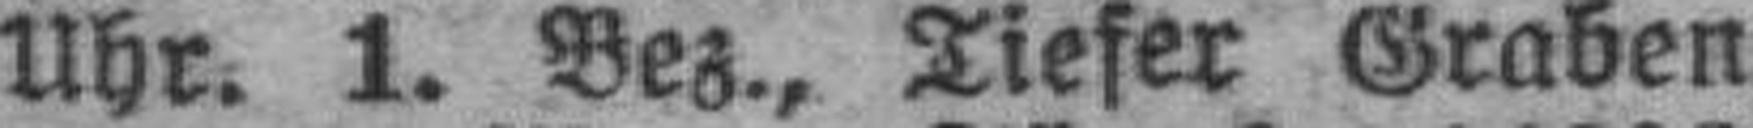
Uhr. 1. Bez., Tiefer Graben